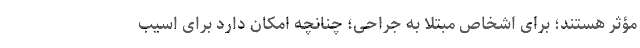
مؤثر هستند؛ برای اشخاص مبتلا به جراحی؛ چنانچه امکان دارد برای اسیب